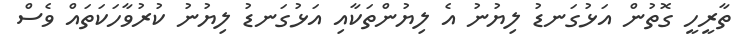
ތާރީހީ ގޮތުން އަޅުގަނޑު ލިޔުނު އެ ލިޔުންތަކާއި އަޅުގަނޑު ލިޔުނު ކުރުވާހަކަތައް ވެސް